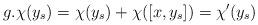
LaTeX: \begin{align*}g.\chi(y_s)=\chi(y_s)+\chi([x,y_s])=\chi'(y_s)\end{align*}